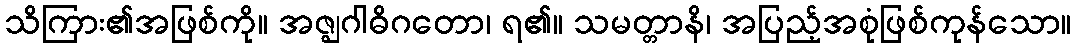
သိကြား၏အဖြစ်ကို။ အဇ္ဈဂါဓိဂတော၊ ရ၏။ သမတ္တာနိ၊ အပြည့်အစုံဖြစ်ကုန်သော။